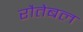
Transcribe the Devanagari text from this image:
रौतेबल